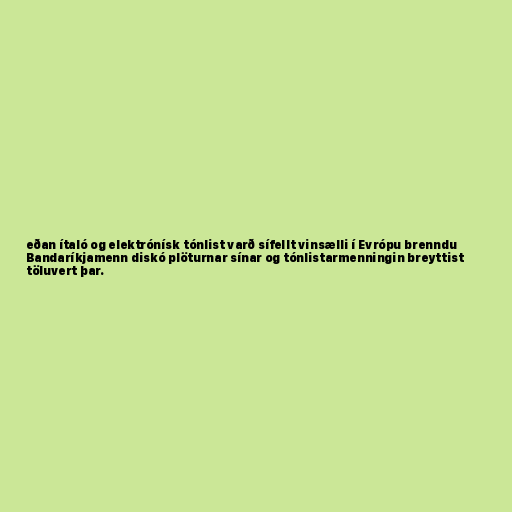
eðan ítaló og elektrónísk tónlist varð sífellt vinsælli í Evrópu brenndu
Bandaríkjamenn diskó plöturnar sínar og tónlistarmenningin breyttist
töluvert þar.